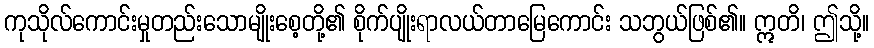
ကုသိုလ်ကောင်းမှုတည်းသောမျိုးစေ့တို့၏ စိုက်ပျိုးရာလယ်တာမြေကောင်း သဘွယ်ဖြစ်၏။ ဣတိ၊ ဤသို့။